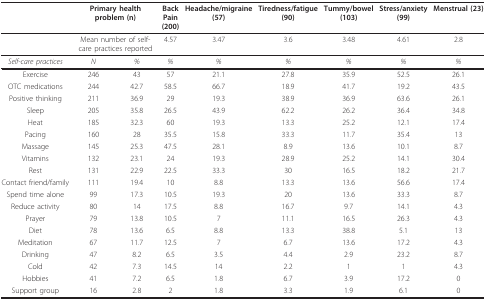
<table><thead><tr><td></td><td colspan="2"><b>Primary health problem (n)</b></td><td><b>BackPain(200)</b></td><td><b>Headache/migraine(57)</b></td><td><b>Tiredness/fatigue(90)</b></td><td><b>Tummy/bowel(103)</b></td><td><b>Stress/anxiety(99)</b></td><td><b>Menstrual (23)</b></td></tr></thead><tbody><tr><td></td><td colspan="2">Mean number of self-care practices reported</td><td>4.57</td><td>3.47</td><td>3.6</td><td>3.48</td><td>4.61</td><td>2.8</td></tr><tr><td><i>Self-care practices</i></td><td><i>N</i></td><td><i>%</i></td><td><i>%</i></td><td><i>%</i></td><td><i>%</i></td><td><i>%</i></td><td><i>%</i></td><td><i>%</i></td></tr><tr><td>Exercise</td><td>246</td><td>43</td><td>57</td><td>21.1</td><td>27.8</td><td>35.9</td><td>52.5</td><td>26.1</td></tr><tr><td>OTC medications</td><td>244</td><td>42.7</td><td>58.5</td><td>66.7</td><td>18.9</td><td>41.7</td><td>19.2</td><td>43.5</td></tr><tr><td>Positive thinking</td><td>211</td><td>36.9</td><td>29</td><td>19.3</td><td>38.9</td><td>36.9</td><td>63.6</td><td>26.1</td></tr><tr><td>Sleep</td><td>205</td><td>35.8</td><td>26.5</td><td>43.9</td><td>62.2</td><td>26.2</td><td>36.4</td><td>34.8</td></tr><tr><td>Heat</td><td>185</td><td>32.3</td><td>60</td><td>19.3</td><td>13.3</td><td>25.2</td><td>12.1</td><td>17.4</td></tr><tr><td>Pacing</td><td>160</td><td>28</td><td>35.5</td><td>15.8</td><td>33.3</td><td>11.7</td><td>35.4</td><td>13</td></tr><tr><td>Massage</td><td>145</td><td>25.3</td><td>47.5</td><td>28.1</td><td>8.9</td><td>13.6</td><td>10.1</td><td>8.7</td></tr><tr><td>Vitamins</td><td>132</td><td>23.1</td><td>24</td><td>19.3</td><td>28.9</td><td>25.2</td><td>14.1</td><td>30.4</td></tr><tr><td>Rest</td><td>131</td><td>22.9</td><td>22.5</td><td>33.3</td><td>30</td><td>16.5</td><td>18.2</td><td>21.7</td></tr><tr><td>Contact friend/family</td><td>111</td><td>19.4</td><td>10</td><td>8.8</td><td>13.3</td><td>13.6</td><td>56.6</td><td>17.4</td></tr><tr><td>Spend time alone</td><td>99</td><td>17.3</td><td>10.5</td><td>19.3</td><td>20</td><td>13.6</td><td>33.3</td><td>8.7</td></tr><tr><td>Reduce activity</td><td>80</td><td>14</td><td>17.5</td><td>8.8</td><td>16.7</td><td>9.7</td><td>14.1</td><td>4.3</td></tr><tr><td>Prayer</td><td>79</td><td>13.8</td><td>10.5</td><td>7</td><td>11.1</td><td>16.5</td><td>26.3</td><td>4.3</td></tr><tr><td>Diet</td><td>78</td><td>13.6</td><td>6.5</td><td>8.8</td><td>13.3</td><td>38.8</td><td>5.1</td><td>13</td></tr><tr><td>Meditation</td><td>67</td><td>11.7</td><td>12.5</td><td>7</td><td>6.7</td><td>13.6</td><td>17.2</td><td>4.3</td></tr><tr><td>Drinking</td><td>47</td><td>8.2</td><td>6.5</td><td>3.5</td><td>4.4</td><td>2.9</td><td>23.2</td><td>8.7</td></tr><tr><td>Cold</td><td>42</td><td>7.3</td><td>14.5</td><td>14</td><td>2.2</td><td>1</td><td>1</td><td>4.3</td></tr><tr><td>Hobbies</td><td>41</td><td>7.2</td><td>6.5</td><td>1.8</td><td>6.7</td><td>3.9</td><td>17.2</td><td>0</td></tr><tr><td>Support group</td><td>16</td><td>2.8</td><td>2</td><td>1.8</td><td>3.3</td><td>1.9</td><td>6.1</td><td>0</td></tr></tbody></table>